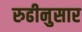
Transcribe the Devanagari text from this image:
रुढीनुसार